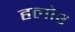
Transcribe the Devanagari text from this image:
हलोर